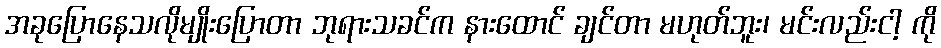
အခုပြောနေသလိုမျိုးပြောတာ ဘုရားသခင်က နားထောင် ချင်တာ မဟုတ်ဘူး၊ မင်းလည်းငါ့ ကို